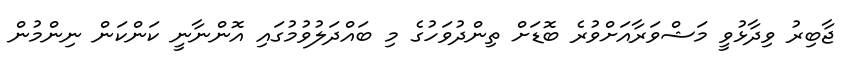
ޖާބިރު ވިދާޅުވީ މަޝްވަރާއަށްވުރެ ބޮޑަށް ތިންދުވަހުގެ މި ބައްދަލުވުމުގައި އޮންނާނީ ކަންކަން ނިންމުން